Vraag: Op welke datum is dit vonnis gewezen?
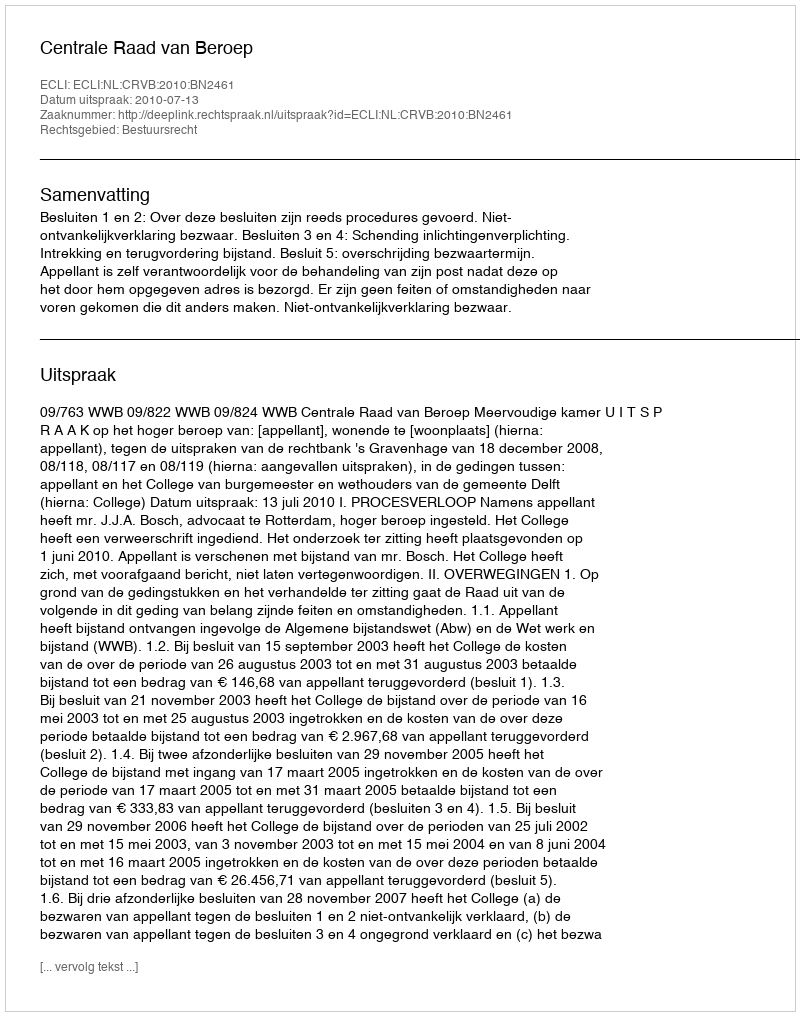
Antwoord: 2010-07-13